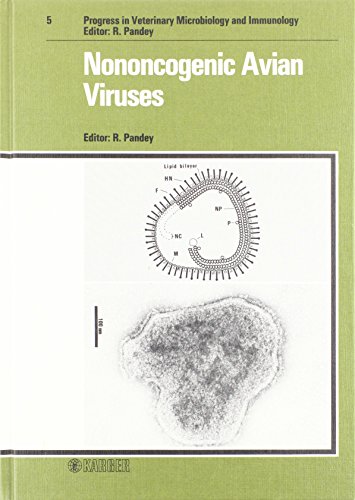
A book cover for Nononcogenic Avian Viruses (Progress in Veterinary Microbiology and Immunology, Vol. 5); Medical Books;